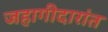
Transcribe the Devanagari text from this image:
जहागीदारांत